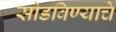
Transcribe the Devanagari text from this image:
सोडविण्‍याचे